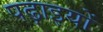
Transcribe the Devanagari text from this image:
पढ़ाइयों